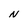
Character: N